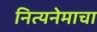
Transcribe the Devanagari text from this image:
नित्यनेमाचा